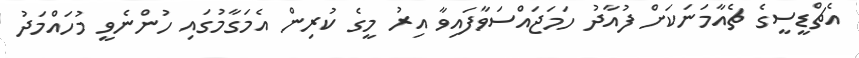
އެޗްޑީސީގެ ޗެއާމަނަކަށް ފުއާދު ހަމަޖައްސަވާފައިވާ އިރު މީގެ ކުރިން އެމަގާމުގައި ހުންނެވީ މުހައްމަދު